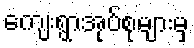
ကျေးရွာအုပ်စုများမှ